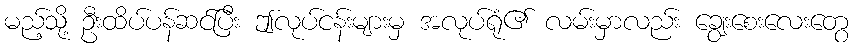
မည့်သို့ ဦးထိပ်ပန်ဆင်ပြီး ဤလုပ်ငန်းများမှ အလုပ်ရုံ၏ လမ်းမှာလည်း ချွေးစေးလေးတွေ